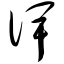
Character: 俾